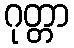
ဂုတ္တာ